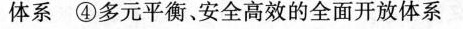
体系④多元平衡、安全高效的全面开放体系